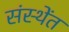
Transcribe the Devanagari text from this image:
संस्थेंत